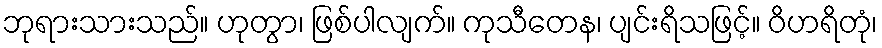
ဘုရားသားသည်။ ဟုတွာ၊ ဖြစ်ပါလျက်။ ကုသီတေန၊ ပျင်းရိသဖြင့်။ ဝိဟရိတုံ၊